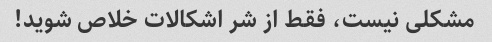
مشکلی نیست، فقط از شر اشکالات خلاص شوید!